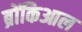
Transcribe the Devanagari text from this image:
ब्रोंकिआल